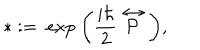
* : = \ \mathrm { e x p } \ \bigg ( \frac { i \hbar } { 2 } \stackrel { \leftrightarrow } { \cal P } \bigg ) ,